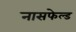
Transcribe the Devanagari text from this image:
नासफेल्ड